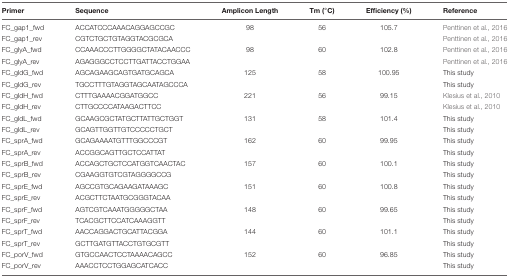
<table><thead><tr><td><b>Primer</b></td><td><b>Sequence</b></td><td><b>Amplicon Length</b></td><td><b>Tm (°C)</b></td><td><b>Efficiency (%)</b></td><td><b>Reference</b></td></tr></thead><tbody><tr><td>FC_gap1_fwd</td><td>ACCATCCCAAACAGGAGCCGC</td><td>98</td><td>56</td><td>105.7</td><td>Penttinen et al., 2016</td></tr><tr><td>FC_gap1_rev</td><td>CGTCTGCTGTAGGTACGCGCA</td><td></td><td></td><td></td><td>Penttinen et al., 2016</td></tr><tr><td>FC_glyA_fwd</td><td>CCAAACCCTTGGGGCTATACAACCC</td><td>98</td><td>60</td><td>102.8</td><td>Penttinen et al., 2016</td></tr><tr><td>FC_glyA_rev</td><td>AGAGGGCCTCCTTGATTACCTGGAA</td><td></td><td></td><td></td><td>Penttinen et al., 2016</td></tr><tr><td>FC_gldG_fwd</td><td>AGCAGAAGCAGTGATGCAGCA</td><td>125</td><td>58</td><td>100.95</td><td>This study</td></tr><tr><td>FC_gldG_rev</td><td>TGCCTTTGTAGGTAGCAATAGCCCA</td><td></td><td></td><td></td><td>This study</td></tr><tr><td>FC_gldH_fwd</td><td>CTTTGAAAACGGATGGCC</td><td>221</td><td>56</td><td>99.15</td><td>Klesius et al., 2010</td></tr><tr><td>FC_gldH_rev</td><td>CTTGCCCCATAAGACTTCC</td><td></td><td></td><td></td><td>Klesius et al., 2010</td></tr><tr><td>FC_gldL_fwd</td><td>GCAAGCGCTATGCTTATTGCTGGT</td><td>131</td><td>58</td><td>101.4</td><td>This study</td></tr><tr><td>FC_gldL_rev</td><td>GCAGTTGGTTGTCCCCCTGCT</td><td></td><td></td><td></td><td>This study</td></tr><tr><td>FC_sprA_fwd</td><td>GCAGAAAATGTTTGGCCCGT</td><td>162</td><td>60</td><td>99.95</td><td>This study</td></tr><tr><td>FC_sprA_rev</td><td>ACCGGCAGTTGCTCCATTAT</td><td></td><td></td><td></td><td>This study</td></tr><tr><td>FC_sprB_fwd</td><td>ACCAGCTGCTCCATGGTCAACTAC</td><td>157</td><td>60</td><td>100.1</td><td>This study</td></tr><tr><td>FC_sprB_rev</td><td>CGAAGGTGTCGTAGGGGCCG</td><td></td><td></td><td></td><td>This study</td></tr><tr><td>FC_sprE_fwd</td><td>AGCCGTGCAGAAGATAAAGC</td><td>151</td><td>60</td><td>100.8</td><td>This study</td></tr><tr><td>FC_sprE_rev</td><td>ACGCTTCTAATGCGGGTACAA</td><td></td><td></td><td></td><td>This study</td></tr><tr><td>FC_sprF_fwd</td><td>AGTCGTCAAATGGGGGCTAA</td><td>148</td><td>60</td><td>99.65</td><td>This study</td></tr><tr><td>FC_sprF_rev</td><td>TCACGCTTCCATCAAAGGTT</td><td></td><td></td><td></td><td>This study</td></tr><tr><td>FC_sprT_fwd</td><td>AACCAGGACTGCATTACGGA</td><td>144</td><td>60</td><td>101.1</td><td>This study</td></tr><tr><td>FC_sprT_rev</td><td>GCTTGATGTTACCTGTGCGTT</td><td></td><td></td><td></td><td>This study</td></tr><tr><td>FC_porV_fwd</td><td>GTGCCAACTCCTAAAACAGCC</td><td>152</td><td>60</td><td>96.85</td><td>This study</td></tr><tr><td>FC_porV_rev</td><td>AAACCTCCTGGAGCATCACC</td><td></td><td></td><td></td><td>This study</td></tr></tbody></table>